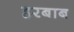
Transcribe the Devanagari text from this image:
हरबाब